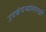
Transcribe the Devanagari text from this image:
उपकंपन्यांसारखी